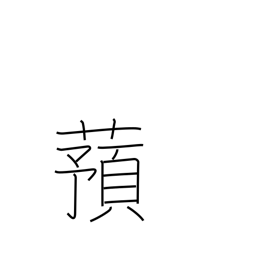
Meaning: yam